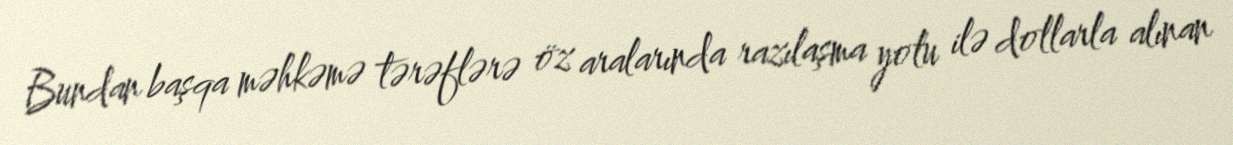
Bundan başqa məhkəmə tərəflərə öz aralarında razılaşma yolu ilə dollarla alınan